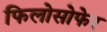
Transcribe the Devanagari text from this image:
फिलोसोफेर